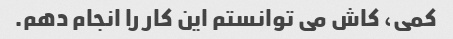
کمی، کاش می توانستم این کار را انجام دهم.